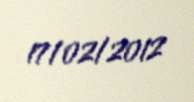
17/02/2012